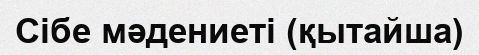
Сібе мәдениеті (қытайша)